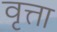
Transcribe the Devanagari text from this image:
वृत्ता